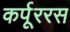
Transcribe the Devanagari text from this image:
कर्पूररस